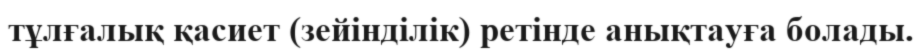
тұлғалық қасиет (зейінділік) ретінде анықтауға болады.